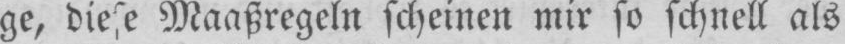
ge, diese Maaßregeln scheinen mir so schnell als